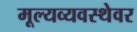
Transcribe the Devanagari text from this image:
मूल्यव्यवस्थेवर